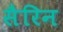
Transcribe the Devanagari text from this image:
सैरिन